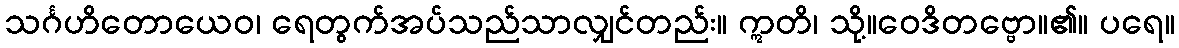
သင်္ဂဟိတောယေဝ၊ ရေတွက်အပ်သည်သာလျှင်တည်း။ ဣတိ၊ သို့။ဝေဒိတဗ္ဗော။၏။ ပရေ။